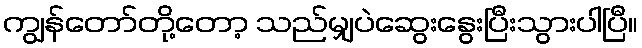
ကျွန်တော်တို့တော့ သည်မျှပဲဆွေးနွေးပြီးသွားပါပြီ။